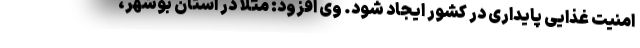
امنیت غذایی پایداری در کشور ایجاد شود. وی افزود: مثلاً در استان بوشهر،